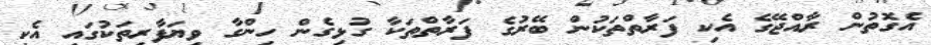
އެގޮތުން ރާއްޖޭގެ އެކި ފަރާތްތަކުން ބޭރުގެ ފަރާތްތަކާ ގުޅިގެން ހިންގާ ވިޔަފާރިތަކުގައި އެކި